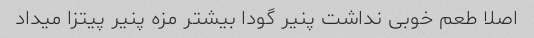
اصلا طعم خوبی نداشت پنیر گودا بیشتر مزه پنیر پیتزا میداد